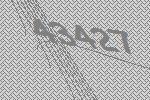
43427